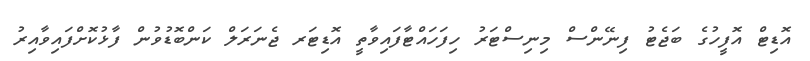
އޮޑިޓް އޮފީހުގެ ބަޖެޓު ފިނޭންސް މިނިސްޓަރު ހިފަހައްޓާފައިވާތީ އޮޑިޓަރ ޖެނަރަލް ކަންބޮޑުވުން ފާޅުކޮށްފައިވާއިރު